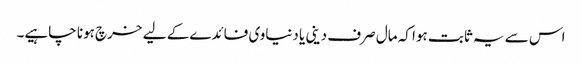
اس سے یہ ثابت ہوا کہ مال صرف دینی یا دنیاوی فائدے کے لیے خرچ ہونا چاہیے۔